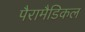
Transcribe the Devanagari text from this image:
पैरामैडिकल